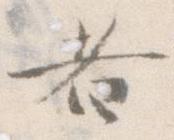
者